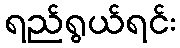
ရည်ရွယ်ရင်း